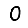
Digit: 0